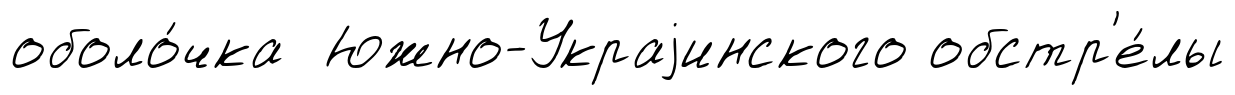
оболо́чка Южно-Украjинского обстр'е́лы